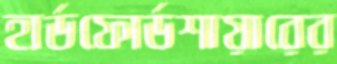
হার্ডফোর্ডশায়ারের